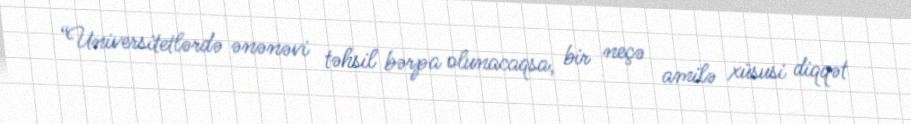
“Universitetlərdə ənənəvi təhsil bərpa olunacaqsa, bir neçə amilə xüsusi diqqət